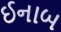
ઈનાબ